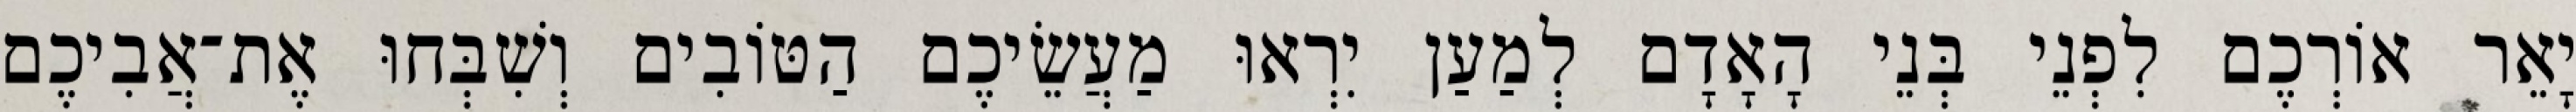
יָאֵר אוֹרְכֶם לִפְנֵי בְּנֵי הָאָדָם לְמַעַן יִרְאוּ מַעֲשֵׂיכֶם הַטּוֹבִים וְשִׁבְּחוּ אֶת־אֲבִיכֶם